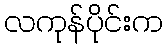
လကုန်ပိုင်းက